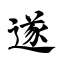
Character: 遂